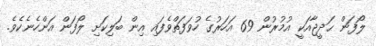
ލޯފަން ޙަދީޖާއަކީ އުމުރުން 69 އަހަރުގެ ހުވަފަތްވެފައި އިން ބަލިކަށި ލޯފަން އަންހެނެކެވެ.